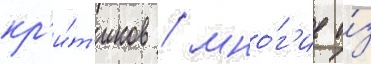
кр'и́т'иков / мно́г'ие и́з